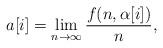
LaTeX: \begin{align*}a[i]=\lim_{n \to \infty}\frac{f(n,\alpha[i])}{n},\end{align*}